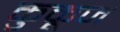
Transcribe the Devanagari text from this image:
कुकूज